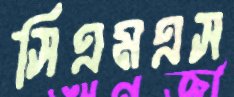
সিএমএস